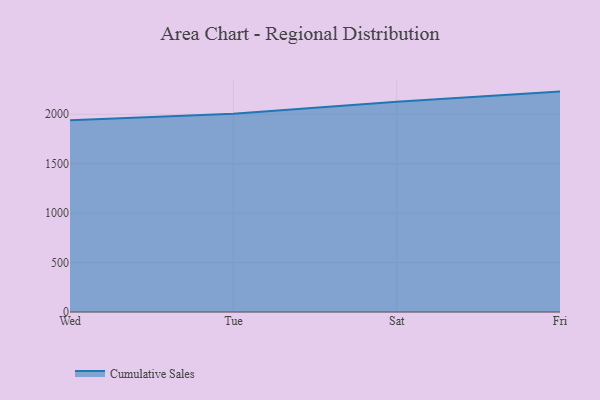
{"axis": {"x": "Day", "y": "Page Views"}, "legend": ["Cumulative Sales"], "data": [{"x": "Wed", "y": 1938.8, "type": "Cumulative Sales"}, {"x": "Tue", "y": 2004.6, "type": "Cumulative Sales"}, {"x": "Sat", "y": 2127.4, "type": "Cumulative Sales"}, {"x": "Fri", "y": 2229.3, "type": "Cumulative Sales"}]}